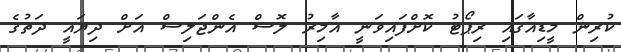
ކުރިން މީޑިއާގައި ރިޕޯޓު ކޮށްފައިވަނީ އާމިރު ލޮސް އެންޖަލިސް އަށް ދިޔައީ ދަތުގެ